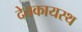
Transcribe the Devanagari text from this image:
देतकायस्थ